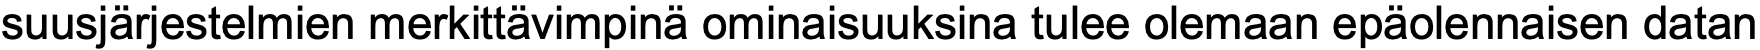
suusjärjestelmien merkittävimpinä ominaisuuksina tulee olemaan epäolennaisen datan